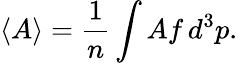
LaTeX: \langle A\rangle={\frac{1}{n}}\int Af\, d^{3}p.